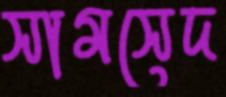
সামসেদ